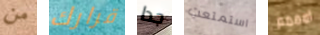
من قرارك جدا استمتعت امممم